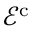
\mathcal E ^ { \mathrm { c } }